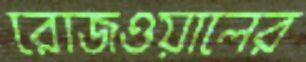
রোজওয়ালের